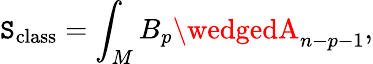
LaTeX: \mathtt{S}_{\mathrm{{class}}}=\int_{M}B_{p}\wedgedA_{n-p-1},